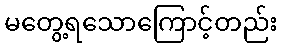
မတွေ့ရသောကြောင့်တည်း